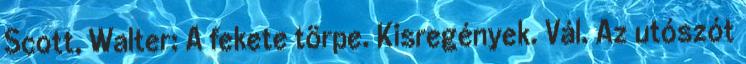
Scott, Walter: A fekete törpe. Kisregények. Vál. Az utószót